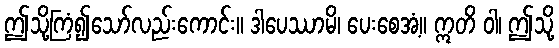
ဤသို့ကြံ၍သော်လည်းကောင်း။ ဒါပေဿာမိ၊ ပေးစေအံ့။ ဣတိ ဝါ၊ ဤသို့